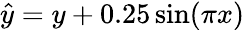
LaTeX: \hat{y}=y+0.25\sin(\pi x)